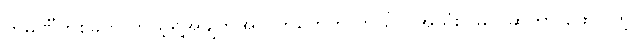
ကုမ္ပဏီတစ်ခုက ကိုယ့်ရဲ့အချက်အလက်တွေကို ဘယ်လိုအသုံးပြုမလဲဆိုတာ ဖော်ပြတဲ့